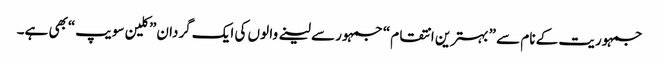
جمہوریت کے نام سے ” بہترین انتقام“ جمہور سے لینے وا لوں کی ایک گردان” کلین سویپ“بھی ہے۔